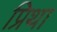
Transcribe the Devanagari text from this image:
प्रिथा